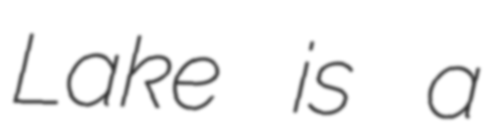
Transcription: Lake is a